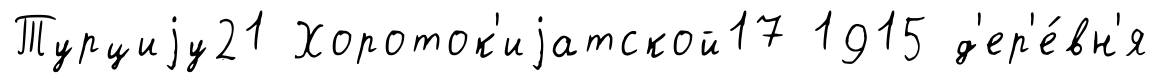
Турциjу21 Хороток'иjатской17 1915 д'ер'е́вн'я